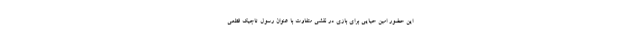
این حضور امین حیایی برای بازی در نقشی متفاوت با عنوان رسول تاجیک قطعی